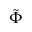
\tilde { \Phi }